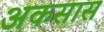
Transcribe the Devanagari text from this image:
अकसास